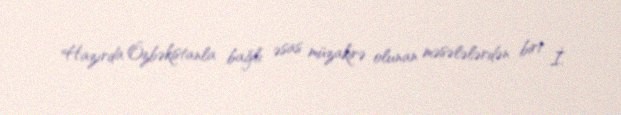
Hazırda Özbəkistanla bağlı əsas müzakirə olunan məsələlərdən biri İ.